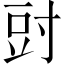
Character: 𭔰